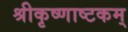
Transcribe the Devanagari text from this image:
श्रीकृष्णाष्टकम्‌